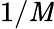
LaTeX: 1/\mathit{M}